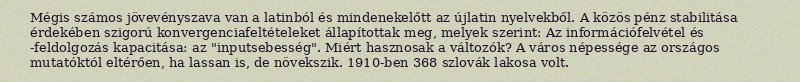
Mégis számos jövevényszava van a latinból és mindenekelőtt az újlatin nyelvekből. A közös pénz stabilitása érdekében szigorú konvergenciafeltételeket állapítottak meg, melyek szerint: Az információfelvétel és -feldolgozás kapacitása: az "inputsebesség". Miért hasznosak a változók? A város népessége az országos mutatóktól eltérően, ha lassan is, de növekszik. 1910-ben 368 szlovák lakosa volt.